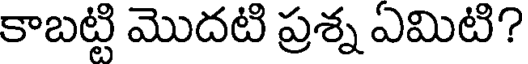
కాబట్టి మొదటి ప్రశ్న ఏమిటి?